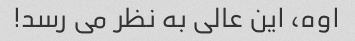
اوه، این عالی به نظر می رسد!